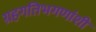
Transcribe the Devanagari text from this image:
ग्रहगतिभगणांशी